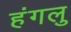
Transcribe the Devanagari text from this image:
हंगलु